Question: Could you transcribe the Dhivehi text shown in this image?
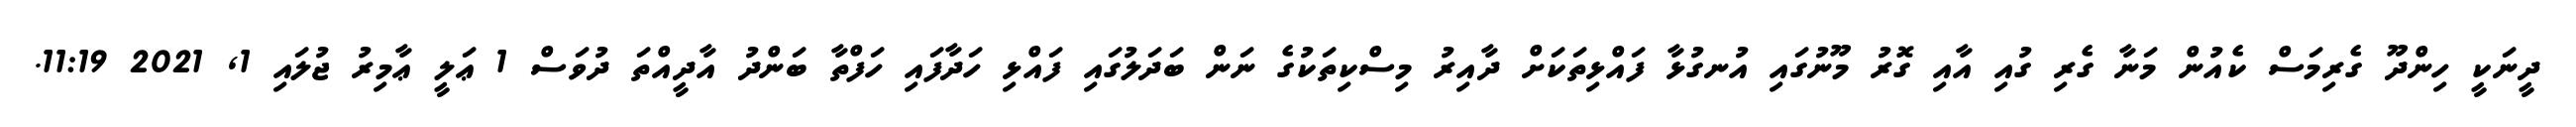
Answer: ދީނަކީ ހިންދޫ ގެރިމަސް ކެއުން މަނާ ގެރި ގުއި އާއި ގޮރު މޫނުގައި އުނގުޅާ ފައްޅިތަކަށް ދާއިރު މިސްކިތަކުގެ ނަން ބަދަލުގައި ފައްޅި ހަދާފައި ހަފްތާ ބަންދު އާދީއްތަ ދުވަސް 1 ޢަލީ ޢާމިރު ޖުލައި 1, 2021 11:19.